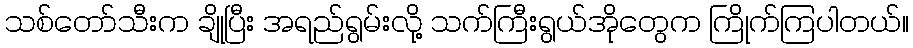
သစ်တော်သီးက ချိုပြီး အရည်ရွမ်းလို့ သက်ကြီးရွယ်အိုတွေက ကြိုက်ကြပါတယ်။